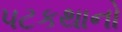
પટકથાનો